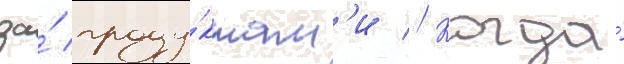
за́ проду́ктам'и // Когда́